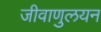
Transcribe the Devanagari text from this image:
जीवाणुलयन